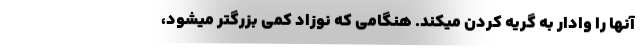
آنها را وادار به گریه کردن میکند. هنگامی که نوزاد کمی بزرگتر میشود،